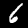
Label: 6